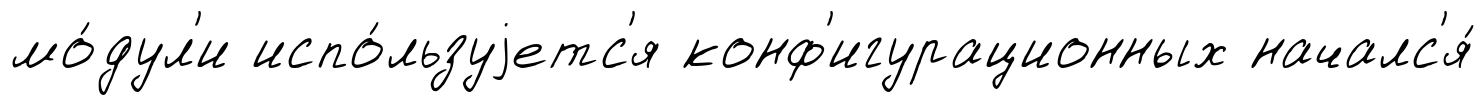
мо́дул'и испо́льзуjетс'я конф'игурационных началс'я́